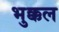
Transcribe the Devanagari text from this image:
भुक्कल